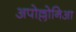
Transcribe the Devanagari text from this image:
अपोल्लोनिआ